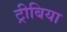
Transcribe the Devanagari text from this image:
ट्रीबिया